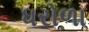
ધરોળા